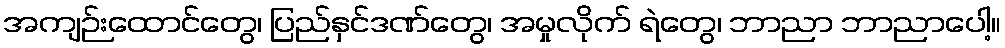
အကျဉ်းထောင်တွေ၊ ပြည်နှင်ဒဏ်တွေ၊ အမှုလိုက် ရဲတွေ၊ ဘာညာ ဘာညာပေါ့။